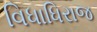
વિધાધિરાજ